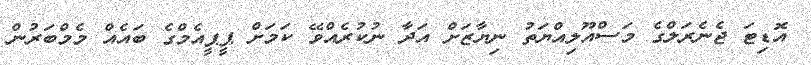
އޮޑިޓަ ޖެނެރަލްގެ މަސްއޫލިއްޔަތު ނިޔާޒަށް އަދާ ނުކުރެއްވޭ ކަމަށް ޕީޕީއެމްގެ ބައެއް މެމްބަރުން